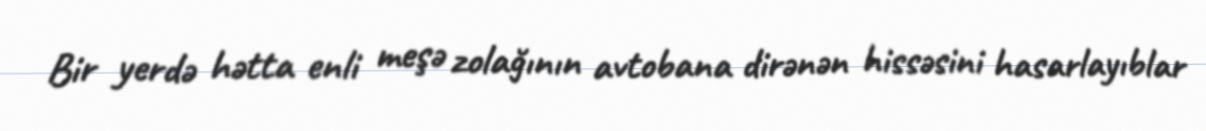
Bir yerdə hətta enli meşə zolağının avtobana dirənən hissəsini hasarlayıblar